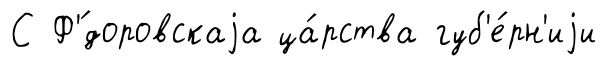
С Ф'́доровскаjа ца́рства губ'е́рн'иjи